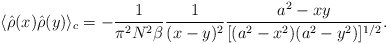
\begin{align*}\langle \hat{\rho}(x) \hat{\rho}(y) \rangle_c =-{1 \over {\pi^2 N^2 \beta}}{1 \over {(x-y)^2}}{{a^2-xy} \over {[(a^2-x^2)(a^2-y^2)]^{1/2}}}.\end{align*}